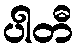
ပါတီ